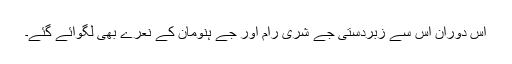
اس دوران اس سے زبردستی جے شری رام اور جے ہنومان کے نعرے بھی لگوائے گئے۔